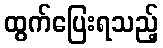
ထွက်ပြေးရသည့်